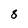
Character: 8